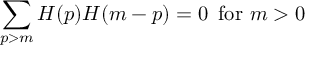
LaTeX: \sum _ { p > m } H ( p ) H ( m - p ) = 0 \, \mathrm { ~ f o r ~ } m > 0